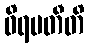
ဝိရမတီတိ